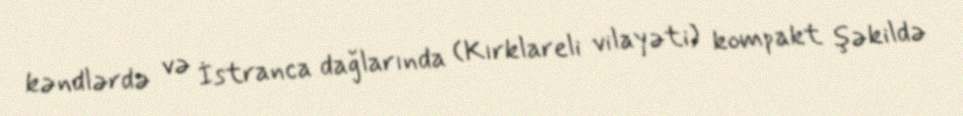
kəndlərdə və İstranca dağlarında (Kırklareli vilayəti) kompakt şəkildə